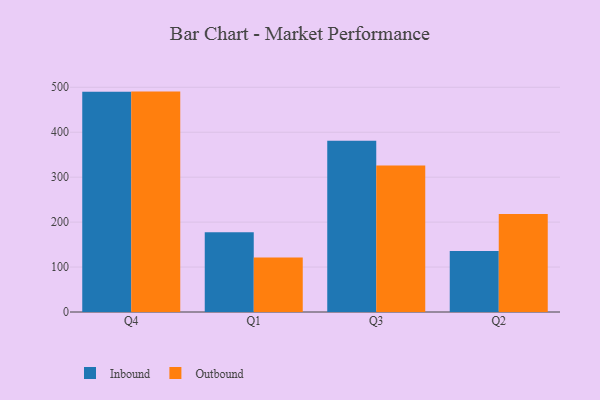
{"axis": {"x": "Quarter", "y": "Website Visitors"}, "legend": ["Inbound", "Outbound"], "data": [{"x": "Q4", "y": 490.2, "type": "Inbound"}, {"x": "Q4", "y": 490.4, "type": "Outbound"}, {"x": "Q1", "y": 177.3, "type": "Inbound"}, {"x": "Q1", "y": 121.5, "type": "Outbound"}, {"x": "Q3", "y": 380.8, "type": "Inbound"}, {"x": "Q3", "y": 326.0, "type": "Outbound"}, {"x": "Q2", "y": 135.6, "type": "Inbound"}, {"x": "Q2", "y": 218.3, "type": "Outbound"}]}